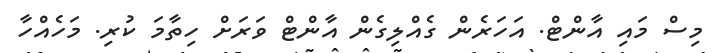
މިސް މައި އާންޓް. އަހަރެން ގެއްލިގެން އާންޓް ވަރަށް ހިތާމަ ކުރި. މަހެއްހާ